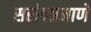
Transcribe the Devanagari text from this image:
सरोदप्रमाणे